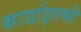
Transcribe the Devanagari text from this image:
कार्डाइतकी